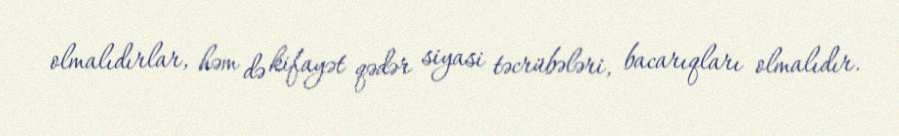
olmalıdırlar, həm də kifayət qədər siyasi təcrübələri, bacarıqları olmalıdır.